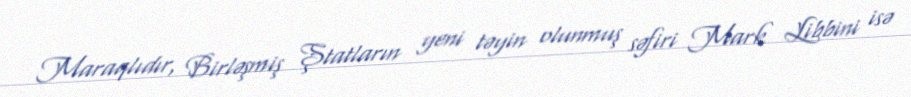
Maraqlıdır, Birləşmiş Ştatların yeni təyin olunmuş səfiri Mark Libbini isə